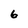
Character: 6